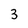
Character: 3